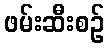
ဖမ်းဆီးစဉ်